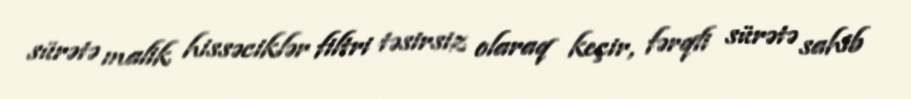
sürətə malik hissəciklər filtri təsirsiz olaraq keçir, fərqli sürətə sahib